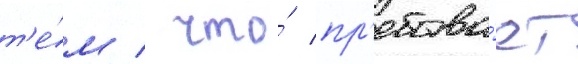
т'е́м / что́ пр'ебыва́ет